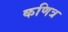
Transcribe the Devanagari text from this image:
कणित्र